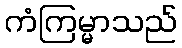
ကံကြမ္မာသည်